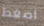
اضغط